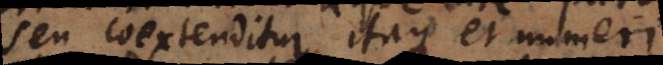
seu coextenditur, itaque et numeri